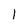
Character: 1